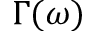
\Gamma ( \omega )